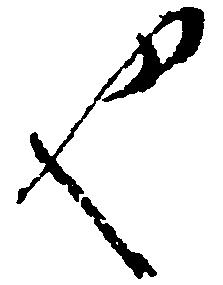
也